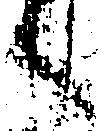
之